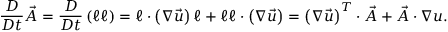
\frac { D } { D t } \vec { A } = \frac { D } { D t } \left( \boldsymbol { \ell } \boldsymbol { \ell } \right) = \boldsymbol { \ell } \cdot \left( \boldsymbol { \nabla } \vec { u } \right) \boldsymbol { \ell } + \boldsymbol { \ell } \boldsymbol { \ell } \cdot \left( \boldsymbol { \nabla } \vec { u } \right) = \left( \boldsymbol { \nabla } \vec { u } \right) ^ { T } \cdot \vec { A } + \vec { A } \cdot \boldsymbol { \nabla } \boldsymbol { u } .